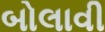
બોલાવી